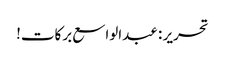
تحریر : عبدالواسع برکات!